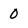
Character: 0